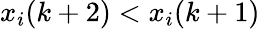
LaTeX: x_{i}(k+2)<x_{i}(k+1)